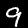
Label: 9